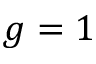
g = 1